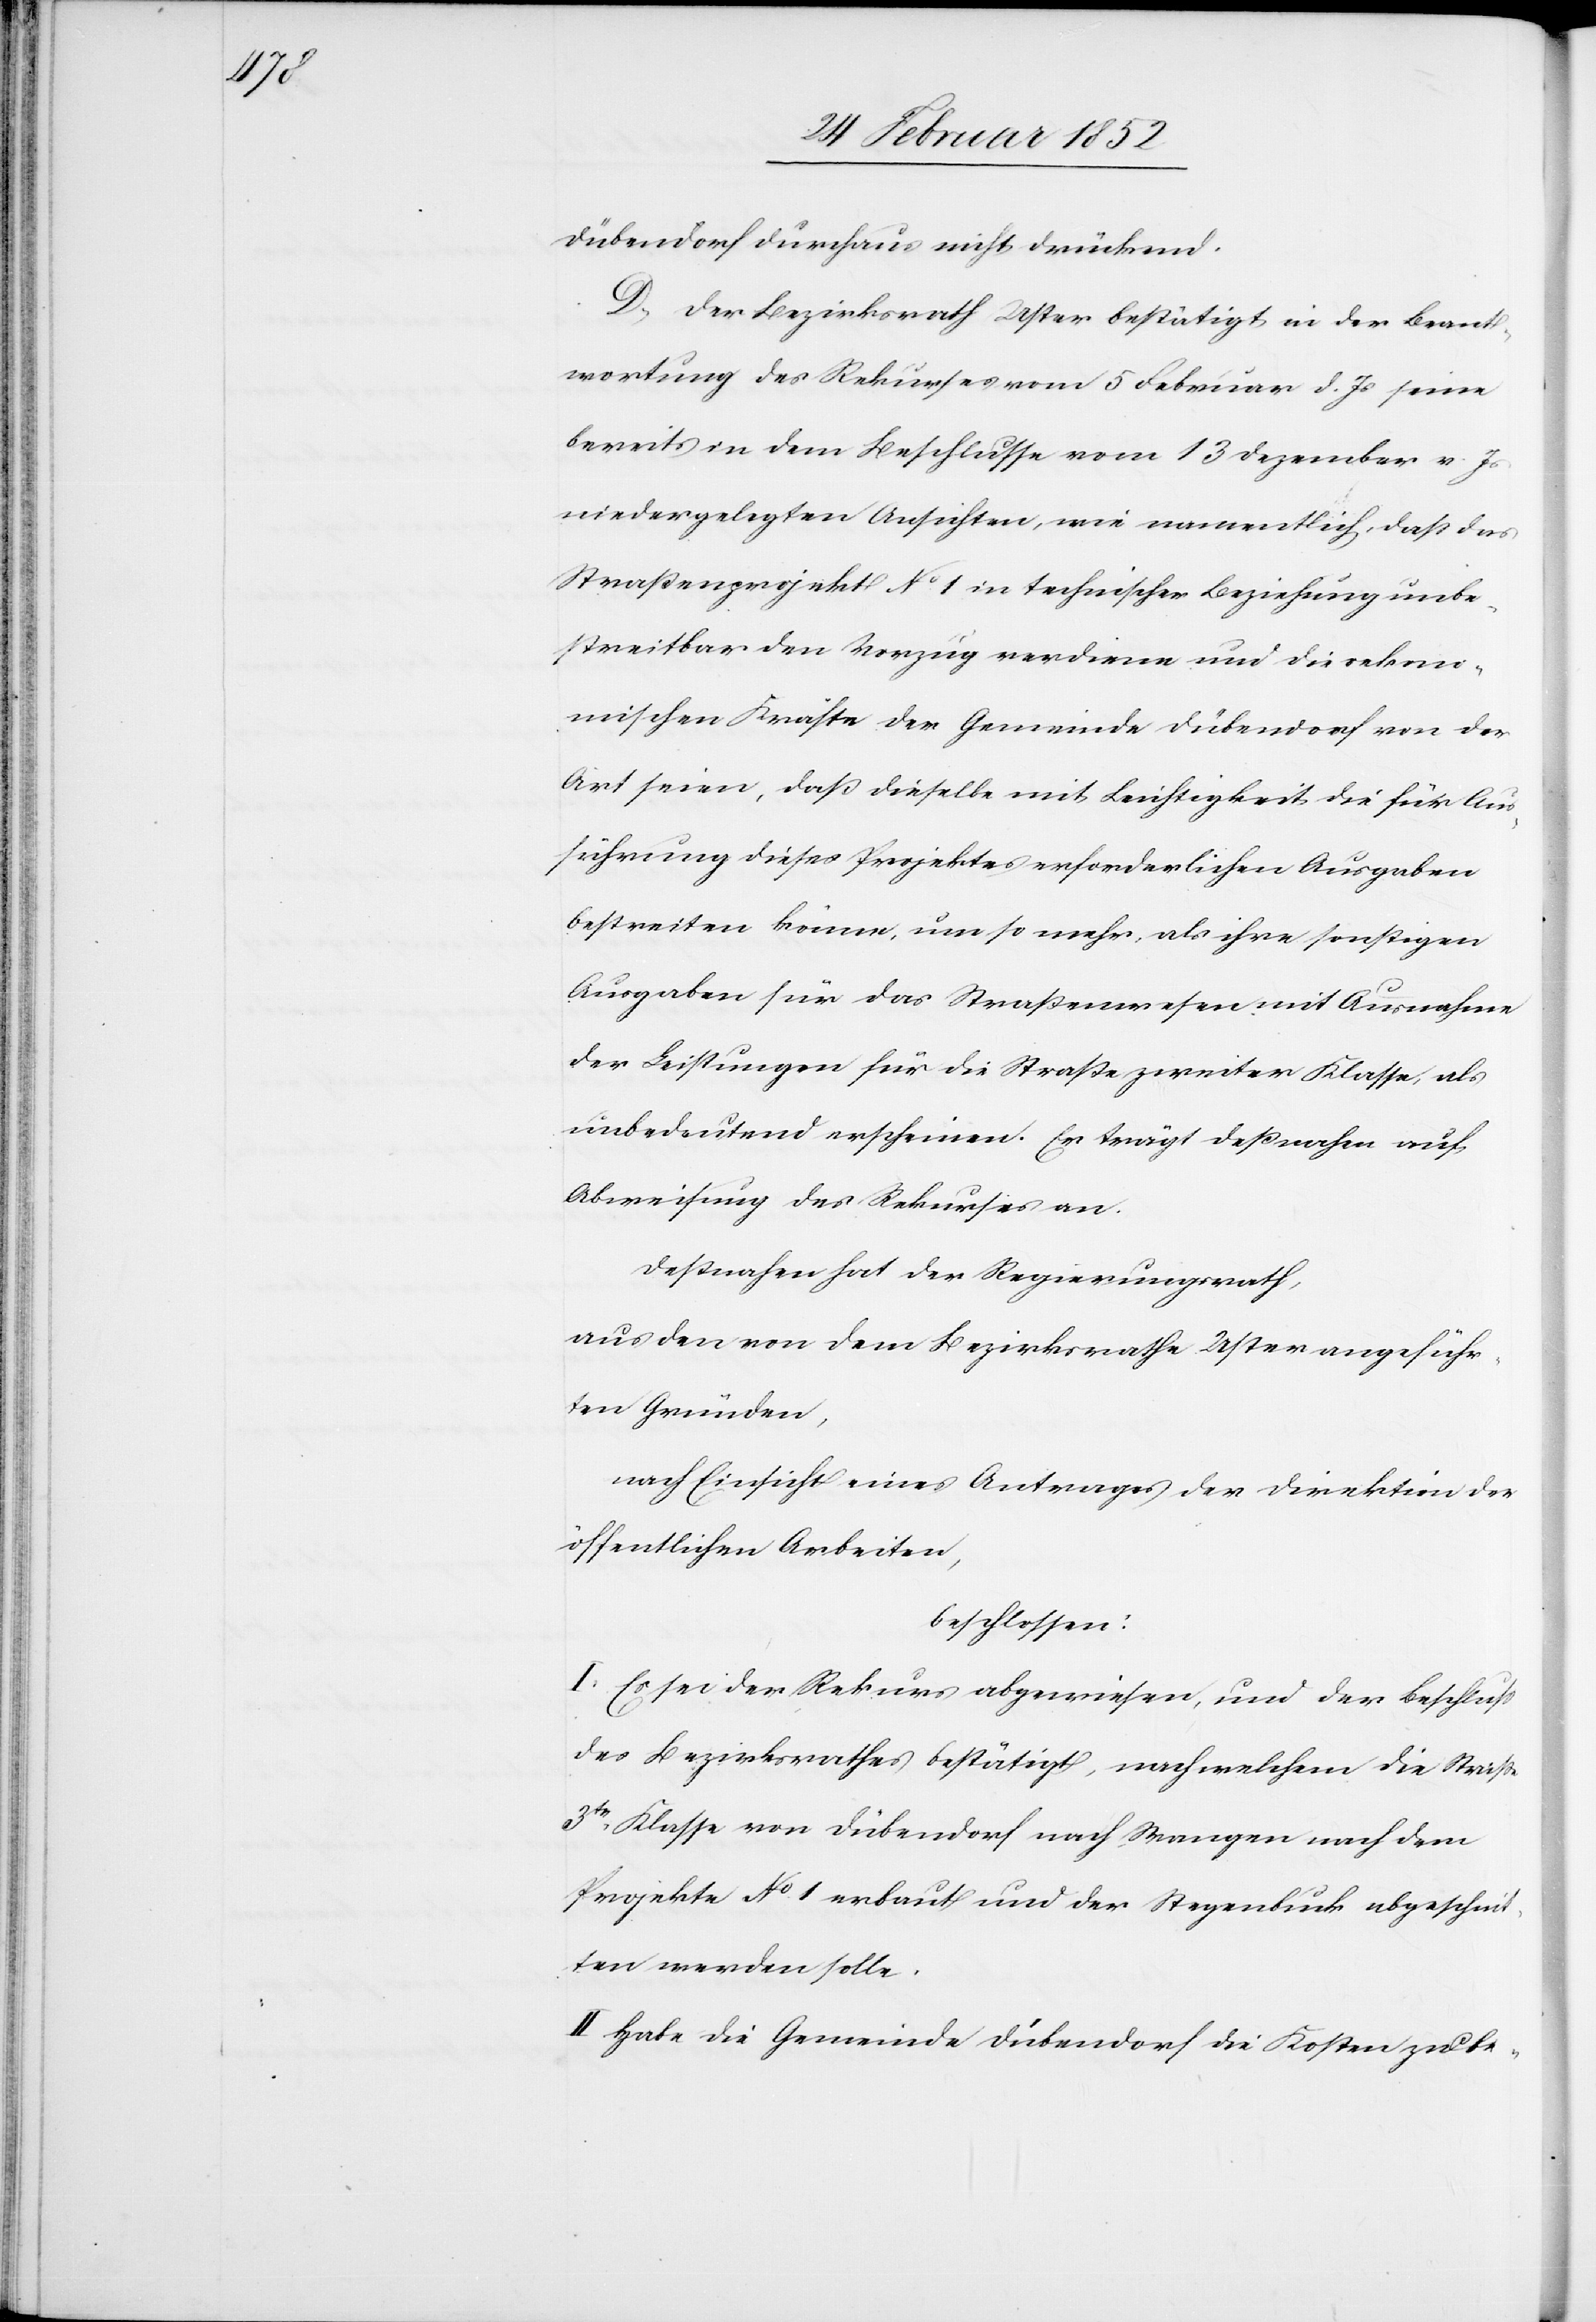
Dübendorf durchaus nicht drückend.
D.) Der Bezirksrath Uster bestätigt in der Beant¬
wortung des Rekurses vom 5 Februar d. Js seine
bereits in dem Beschlusse vom 13 Dezember v. Js
niedergelegten Ansichten, wie namentlich, daß das
Straßenprojekt No 1 in technischer Beziehung unbe¬
streitbar den Vorzug verdiene und die oekono¬
mischen Kräfte der Gemeinde Dübendorf von der
Art seien, daß dieselbe mit Leichtigkeit die für Aus¬
führung dieses Projektes erforderlichen Ausgaben
bestreiten könne, um so mehr, als ihre sonstigen
Ausgaben für das Straßenwesen mit Ausnahme
der Leistungen für die Straße zweiter Klasse, als
unbedeutend erscheinen. Er trägt deßnahen auf,
Abweisung des Rekurses an.
Deßnahen hat der Regierungsrath,
aus den von dem Bezirksrathe Uster angeführ¬
ten Gründen,
nach Einsicht eines Antrages der Direktion der
öffentlichen Arbeiten,
beschlossen:
I. Es sei der Rekurs abgewiesen, und der Beschluß
des Bezirksrathes bestätigt, nach welchem die Straße
3te Klasse von Dübendorf nach Wangen nach dem
Projekte No. 1 erbaut und der Stegenbuck abgeschnit¬
ten werden solle.
II. Habe die Gemeinde Dübendorf die Kosten zu be-